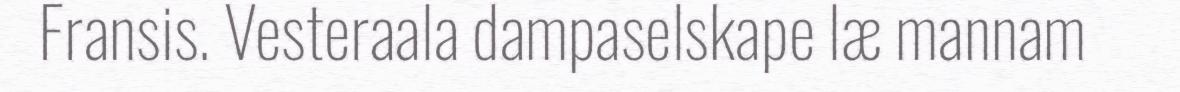
Fransis. Vesteraala dampaselskape læ mannam